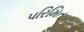
પરિમિત